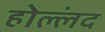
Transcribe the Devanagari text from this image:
होल्लंद